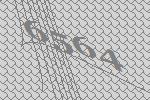
6564